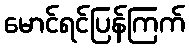
မောင်ရင်ပြန်ကြက်